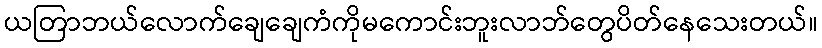
ယတြာဘယ်လောက်ချေချေကံကိုမကောင်းဘူးလာဘ်တွေပိတ်နေသေးတယ်။